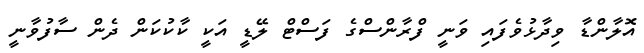
އޮލާންޑާ ވިދާޅުވެފައި ވަނީ ފްރާންސްގެ ފަސްޓް ލޭޑީ އަކީ ކާކުކަން ދެން ސާފުވާނީ